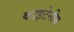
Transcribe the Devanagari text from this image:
काइटेनीय